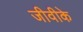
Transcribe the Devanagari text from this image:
जीवीके